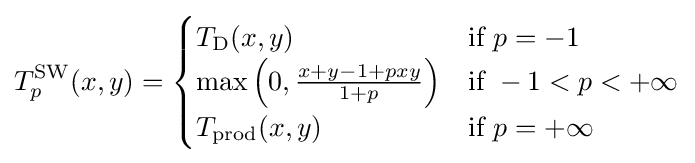
T_{p}^{\mathrm {SW} }(x,y)={\begin{cases}T_{\mathrm {D} }(x,y)&{\text{if }}p=-1\\\max \left(0,{\frac {x+y-1+pxy}{1+p}}\right)&{\text{if }}-1<p<+\infty \\T_{\mathrm {prod} }(x,y)&{\text{if }}p=+\infty \end{cases}}